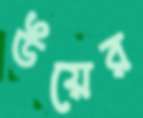
উয়ের